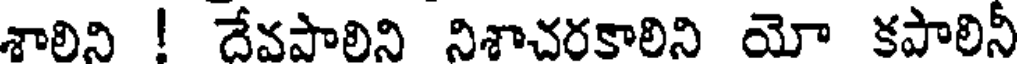
శాలిని ! దేవపాలిని నిశాచరకాలిని యో కపాలినీ